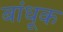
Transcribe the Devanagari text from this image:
बांधूक